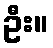
ဦး။